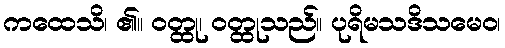
ကထေသိ၊ ၏။ ဝတ္ထု၊ ဝတ္ထုသည်။ ပုရိမသဒိသမေဝ၊